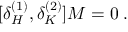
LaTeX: [ \delta _ { H } ^ { ( 1 ) } , \delta _ { K } ^ { ( 2 ) } ] M = 0 \; .